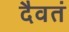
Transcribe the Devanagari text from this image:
दैवतं